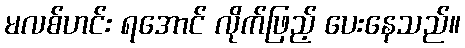
မလစ်ဟင်း ရအောင် လိုက်ဖြည့် ပေးနေသည်။